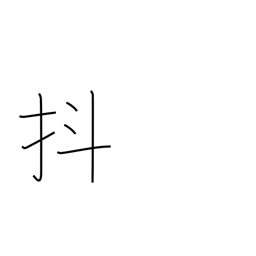
Meaning: jiggle